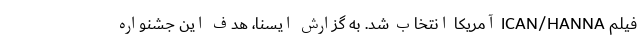
فیلم ICAN/HANNA آمریکا انتخاب شد. به گزارش ایسنا، هدف این جشنواره